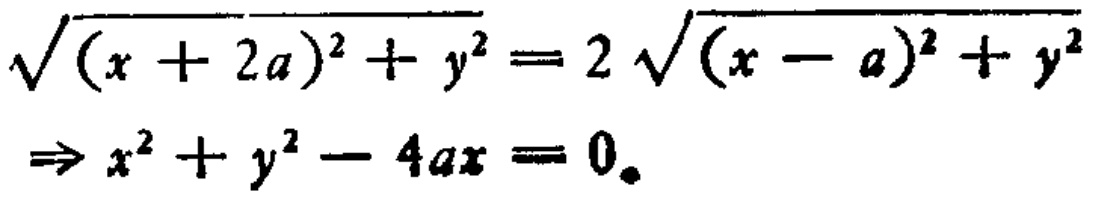
\[\sqrt{(x + 2a)^{2}+y^{2}} = 2\sqrt{(x - a)^{2}+y^{2}} \Rightarrow x^{2}+y^{2}-4ax = 0.\]